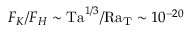
F _ { K } / F _ { H } \sim \mathrm { T a } ^ { 1 / 3 } / \mathrm { R a _ { T } } \sim 1 0 ^ { - 2 0 }